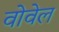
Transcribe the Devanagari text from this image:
वोवेल